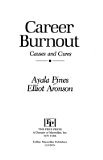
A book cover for Career Burnout: Causes and Cures; Ayala Pines; Business & Money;